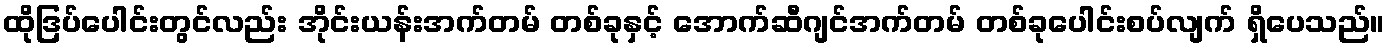
ထိုဒြပ်ပေါင်းတွင်လည်း အိုင်းယန်းအက်တမ် တစ်ခုနှင့် အောက်ဆီဂျင်အက်တမ် တစ်ခုပေါင်းစပ်လျက် ရှိပေသည်။